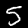
Label: 5